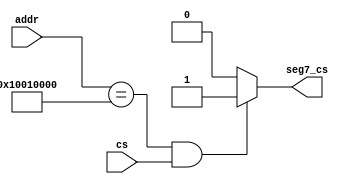
`timescale 1ns / 1ps
//////////////////////////////////////////////////////////////////////////////////
// Company: 
// Engineer: 
// 
// Design Name: 
// Module Name: io_sel
// Project Name: 
// Target Devices: 
// Tool Versions: 
// Description: 
// 
// Dependencies: 
// 
// Revision:
// Revision 0.01 - File Created
// Additional Comments:
// 
//////////////////////////////////////////////////////////////////////////////////


module io_sel(
     input [31:0] addr,
	 input cs,
	 output seg7_cs
    );

assign seg7_cs = (addr == 32'h10010000 && cs == 1) ? 1 : 0;
endmodule